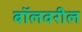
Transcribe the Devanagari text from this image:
बॉलवरील